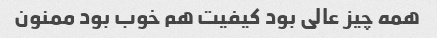
همه چیز عالی بود کیفیت هم خوب بود ممنون